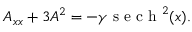
A _ { x x } + 3 A ^ { 2 } = - \gamma \mathrm { ~ s ~ e ~ c ~ h ~ } ^ { 2 } ( x ) .